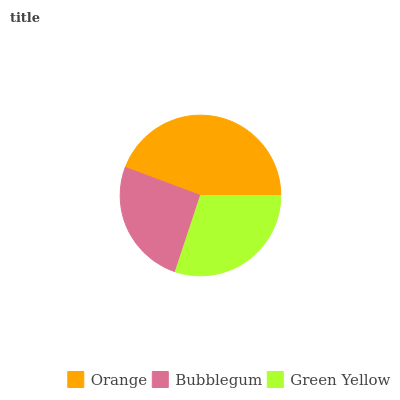
| Orange | Bubblegum | Green Yellow |
 | --- | --- | --- |
 | 44.3% | 25.6% | 30.1% |